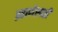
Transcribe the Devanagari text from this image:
ब्रह्मणेस्पती